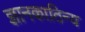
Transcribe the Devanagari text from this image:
ज्ञानकाठिन्य